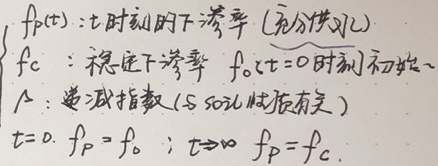
\(\begin{cases}
f_{P}(t)：t\text{ 时刻的下渗率(充分供水)} \\
f_{c}：\text{稳定下渗率} \\
f_{0}：t = 0\text{ 时刻初始} \\
\lambda：\text{递减指数(与soil性质有关)} \\
t = 0, \ f_{P}=f_{0}；t\rightarrow\infty, \ f_{P}=f_{c}
\end{cases}\)